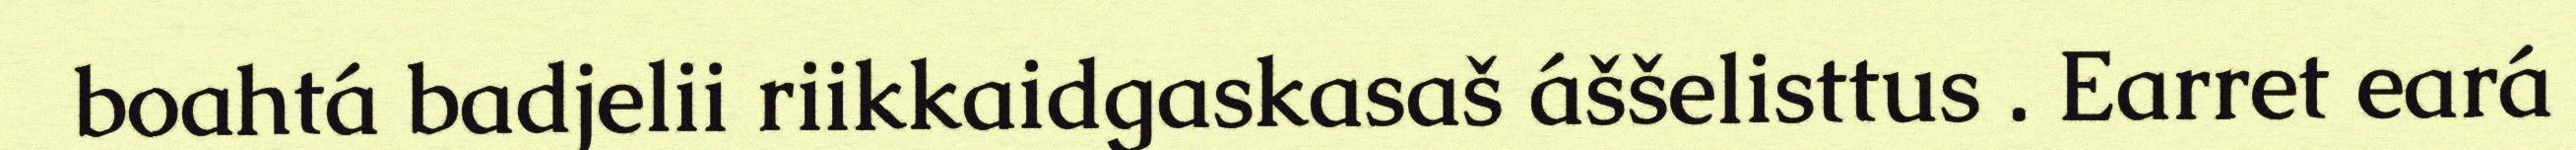
boahtá badjelii riikkaidgaskasaš áššelisttus . Earret eará